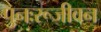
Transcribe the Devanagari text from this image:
पुनःरूजीवन